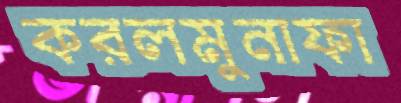
করলমুনাফা